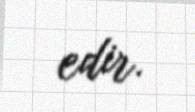
edir.